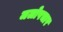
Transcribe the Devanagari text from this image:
जलोपचार